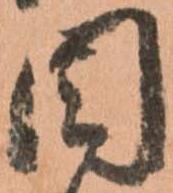
目